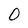
Character: O